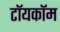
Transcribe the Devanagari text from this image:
टॉयकॉम